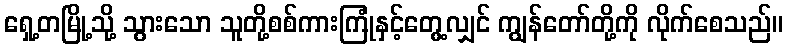
ရှေ့တမြို့သို့ သွားသော သူတို့စစ်ကားကြုံနှင့်တွေ့လျှင် ကျွန်တော်တို့ကို လိုက်စေသည်။